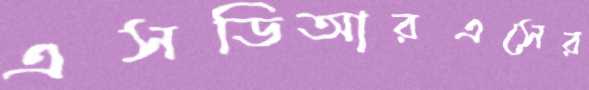
এসডিআরএসের